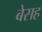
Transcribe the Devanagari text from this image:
बेसह